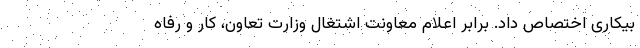
بیکاری اختصاص داد. برابر اعلام معاونت اشتغال وزارت تعاون، کار و رفاه